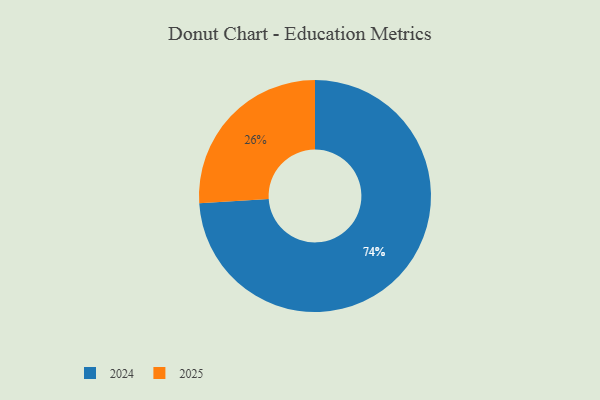
{"axis": {"x": "Category", "y": "Percentage"}, "legend": ["2024", "2025"], "data": [{"x": "2024", "y": 74, "type": "2024"}, {"x": "2025", "y": 26, "type": "2025"}]}